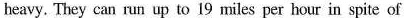
heavy. They can run up to 19 miles per hour in spite of